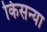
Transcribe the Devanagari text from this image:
किसन्या